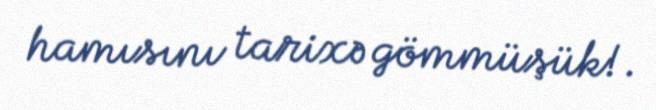
hamısını tarixə gömmüşük!.